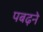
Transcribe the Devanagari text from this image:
पबढ़ने